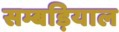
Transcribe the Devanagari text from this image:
सम्बड़ियाल